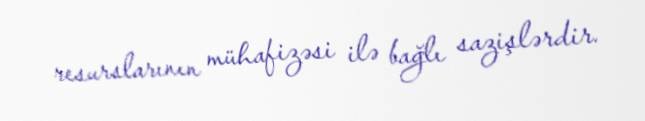
resurslarının mühafizəsi ilə bağlı sazişlərdir.